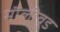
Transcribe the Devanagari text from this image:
मौलीवूड